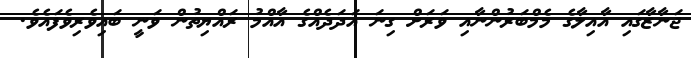
ޖަނާޒާގައި އާއިލާގެ މެމްބަރުންނާއި ވަރަށް ގިނަ އަދަދެއްގެ އާއްމު ރައްޔިތުން ވަނީ ބައިވެރިވެފައެވެ.